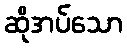
ဆိုအပ်သော